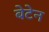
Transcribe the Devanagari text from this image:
बेटेन